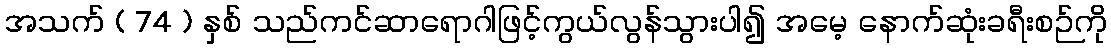
အသက် ( 74 ) နှစ် သည်ကင်ဆာရောဂါဖြင့်ကွယ်လွန်သွားပါ၍ အမေ့ နောက်ဆုံးခရီးစဉ်ကို